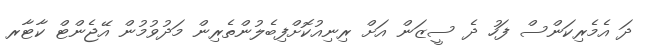
ދަ އެމެރިކަންސް ފަހު ދެ ސީޒަން އަށް ރިނިއުކޮށްފިބެލުންތެރިން މަދުވުމުން އޭޖެންޓް ކާޓާރ